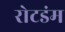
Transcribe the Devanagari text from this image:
रोटडंम